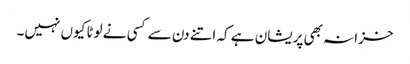
خزانہ بھی پریشان ہے کہ اتنے دن سے کسی نے لوٹا کیوں نہیں۔